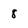
Character: 8